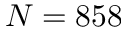
N = 8 5 8